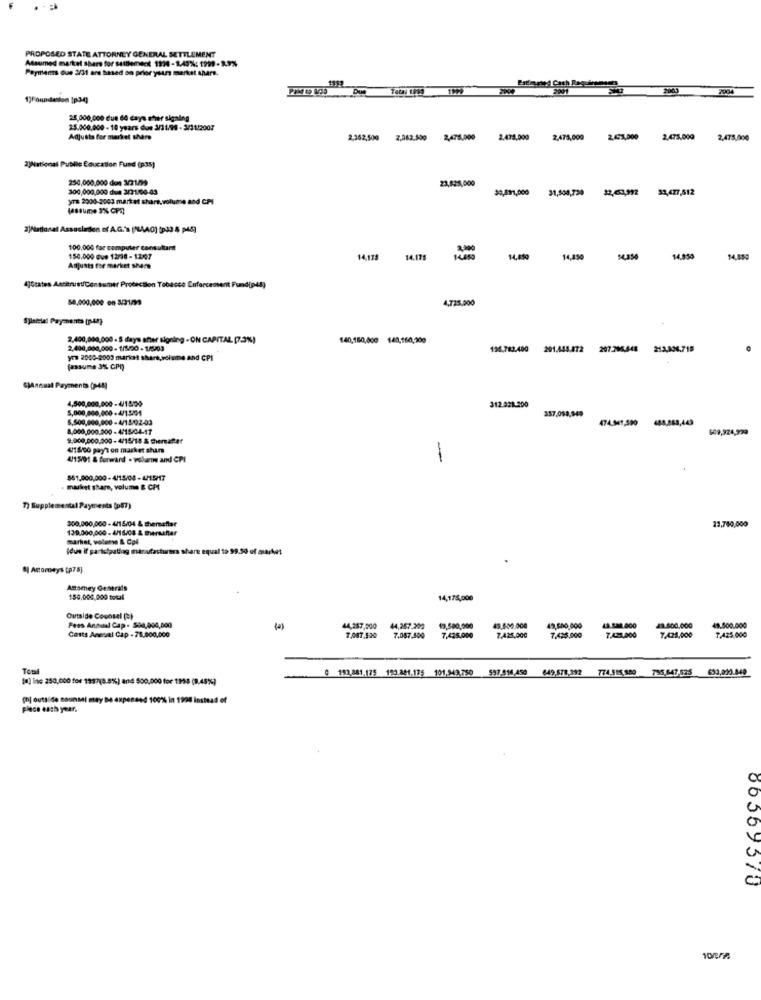
Assumed market share for settlement 1994 -1.49%: 1999-3.9%
PROPOSED STATE ATTORNEY GENERAL SETTLEMENT
Payments due 3/31 are based on prior yours market share.
1119
2000
2001
1)Foundenten [p34)
25,000,000 due 64 days sher signing
25.000,000 - 10 years due 3/31/99 - 3/31/2007
Adjusts for market share
2,362,500 2,362.500
2.475.000
2.478,000
2,475,000
261,000
2.475,009
2,475,000
2)National Public Education Fund (p35)
250,000,000 den 3021/
300,000,000 dus 3/3:1/00-03
23,825,000
30,491,000
31,500,720
12,00,012
33,427,512
yTE 2000-2003 market share, volume and CPI
(assume 3% CPA
Association of A.G.'s (NAAG) (p43 4 p4S)
100,000 far computer consultant
150.000 Que 12/20 - 1207
14,175
14.175
-
14,85
14,850
94.350
14,950
Adjusts for market share
4)States Antitrust/Consumer Protection Tobacco Enforcement Fund(p4s)
50,000,000 on 3/31/
4.725,000
2,400,000,000 - 5 days after signing - ON CAPITAL [7.3%)
140,180,000 140,160,300
2,400,000,000 - 1/5/00 - 1/5/03
136.783.400
201.445.072
207.784.948
213.004.715
VER 2000-2003 market share,volume And CPI
(assume 3% CPI)
GjAnnual Payments (p4M
4,500,000,000 - 4/15:00
5,000,000,000 - 4/15/01
312.921.200
6,500,000,000 - 4/15/02.03
357,098,949
474.941,590
8,000,000,200 - 4/15/04-47
609,924,999
9.000,000,000 - 4/15/18 & thereafter
4/18/00 pay't on market share
4/1:501 & forward . volume and CPI
-
851,900,000 - 4/15/08 - 415/17
market share, volume & CPt
7) Supplemental Payments (pl7)
300,000,000 - 4/16/04 & thereafter
139.000,000 - 4/1 6/08 & Thereafter
23.760,000
market, volume & Col
Idus if partetpatlag manufacturers share equal 19 99.50 of market
& Acomey's [p75]
Attomey Generals
150,000,000 total
14,175,000
Outside Counsel (a)
Fees Anddal Cap . 800,000,000
44,257,500
44,267.302
13,500,000
43.600,000
49,600,000
LA.EM 000
7.475.000
29.600,000
49.900.000
7.425.000
Casts Annual Cap - 78.000,000
7,087.500
7.087.500
7,425.000
7.425,000
7.435,000
7.425,000
Temi
G 192,881.175 153.881.175 101,943.750
597.816,450
649,578.392
774,515.980
735.647-525
693,000.840
[0] ine 250,000 for 1997(3.8%) and 500,000 for 1998 (8.45%)
(ol outside nounsel may be expenand 100% in 1998 instead of
piece each year.
06569570